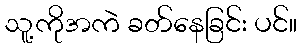
သူ့ကိုအကဲ ခတ်နေခြင်း ပင်။